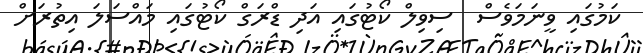
ކަމުގައި ވީނަމަވެސް  ސިވިލް ކޯޓުގައި އަދި ޑްރަގް ކޯޓުގައި މައްސަލަ އިތުރަށް